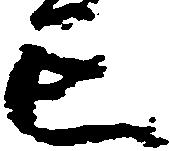
亡